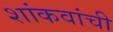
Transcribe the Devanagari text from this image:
शांकवांची